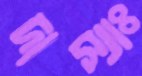
দাস্যাঃ